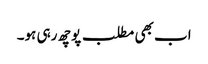
اب بھی مطلب پوچھ رہی ہو۔